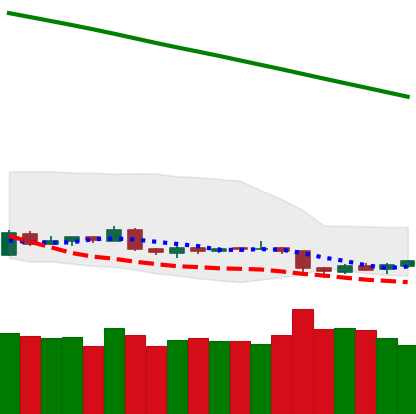
Ticker: BTC-USD
Chart end date: 2019-02-02
Forward return: -3.453%
Label: down_3_5